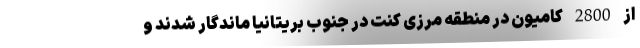
از 2800 کامیون در منطقه مرزی کنت در جنوب بریتانیا ماندگار شدند و